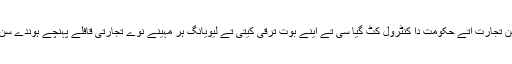
ہن تجارت اتے حکومت دا کنٹرول کٹ گیا سی تے اینے بوت ترقی کیتی تے لیویانگ ہر مہینے نوے تجارتی قافلے پہنچے ہوندے سن۔